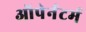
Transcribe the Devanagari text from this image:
ऑपेर्नटर्म